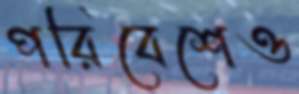
পরিবেশেও